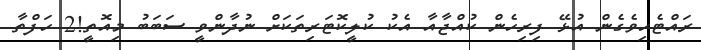
ރައްޓެހިވެގެން އުޅޭ ފިރިހެން ކުއްޖާއާ އެކު ކުލީކޮޓަރިތަކަށް ނުދާންވީ ސަބަބު މިއޮތީ!2 ހަފްތާ